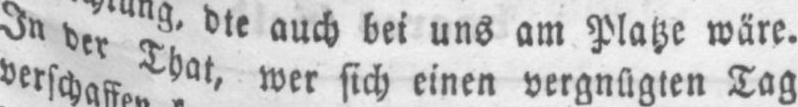
In der That, wer sich einen vergnügten Tag